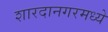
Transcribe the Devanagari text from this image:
शारदानगरमध्ये